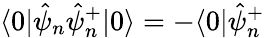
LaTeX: \langle 0|\hat{\psi}_{n}\hat{\psi}_{n}^{+}|0\rangle=-\langle 0|\hat{\psi}_{n}^{+}